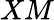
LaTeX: XM